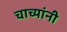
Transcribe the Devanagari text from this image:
चाच्यांनी